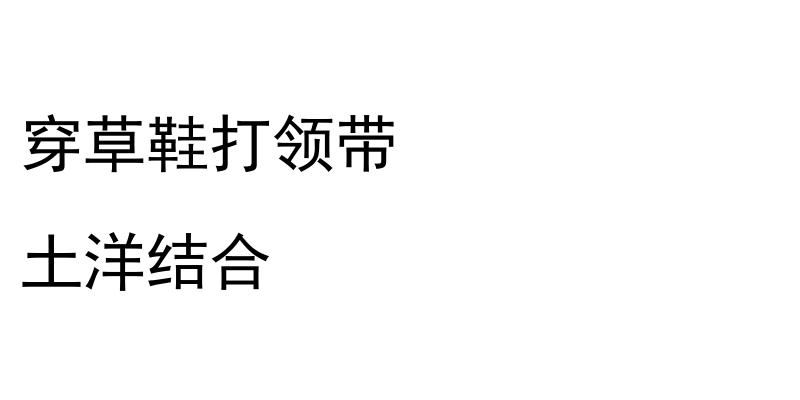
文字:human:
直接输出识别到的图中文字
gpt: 穿草鞋打领带 土洋结合